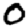
Digit: 0